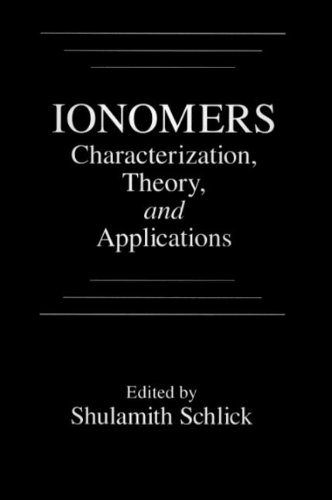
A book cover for Ionomers: Characterization, Theory, and Applications; Shulamith Schlick; Science & Math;